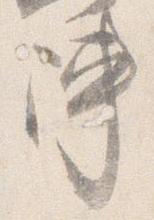
陣